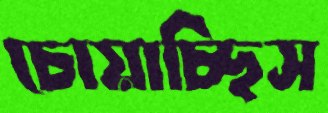
চোয়াচ্ছিস